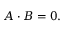
A \cdot B = 0 .